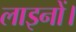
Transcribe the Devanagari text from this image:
लाइनों।